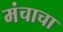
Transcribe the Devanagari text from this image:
मंचाचा